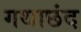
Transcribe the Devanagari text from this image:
गथाछंद